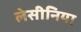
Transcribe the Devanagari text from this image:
लेसीनिया